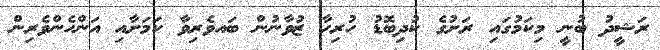
ރަޝީދު ބުނީ މިކަމުގައި ރަށުގެ ކުދިބޮޑު ހުރިހާ ޒުވާނުން ބައވެރިވާ ކަމަށާއި އަންހެންވެރިން